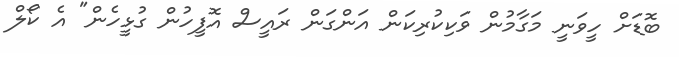
ބޮޑަށް ހީވަނީ މަގާމުން ވަކިކުރިކަން އަންގަން ރައީސް އޮފީހުން ގުޅީހެން" އެ ކޯލް